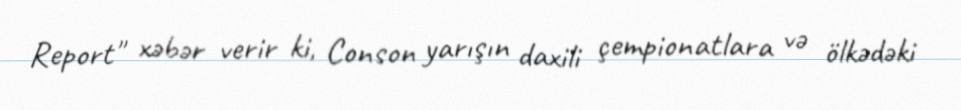
Report" xəbər verir ki, Conson yarışın daxili çempionatlara və ölkədəki